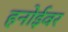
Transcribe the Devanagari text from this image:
हनोईवर